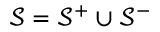
\mathcal { S } = \mathcal { S } ^ { + } \cup \mathcal { S } ^ { - }